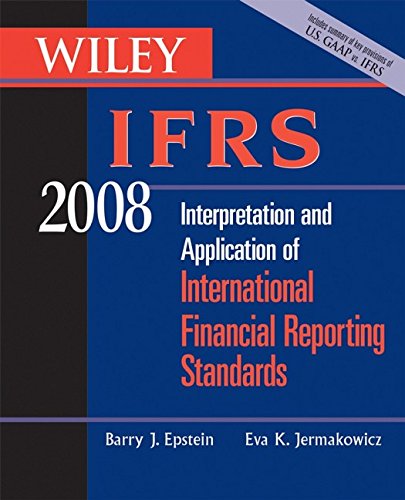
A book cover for Wiley IFRS 2008: Interpretation and Application of International Accounting and Financial Reporting Standards 2008 (Wiley Ifrs: Interpretation & ... International Financial Reporting Standards); Barry J. Epstein; Business & Money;